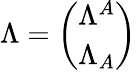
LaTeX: \Lambda=\left(\begin{array}{l}{{\Lambda^{A}}}\\ {{\Lambda_{A}}}\end{array}\right)